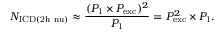
N _ { \mathrm { I C D ( 2 h \ n u ) } } \approx \frac { ( P _ { \mathrm { 1 } } \times P _ { \mathrm { e x c } } ) ^ { 2 } } { P _ { \mathrm { 1 } } } = P _ { \mathrm { e x c } } ^ { 2 } \times P _ { \mathrm { 1 } } .